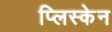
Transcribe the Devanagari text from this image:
प्लिस्केन